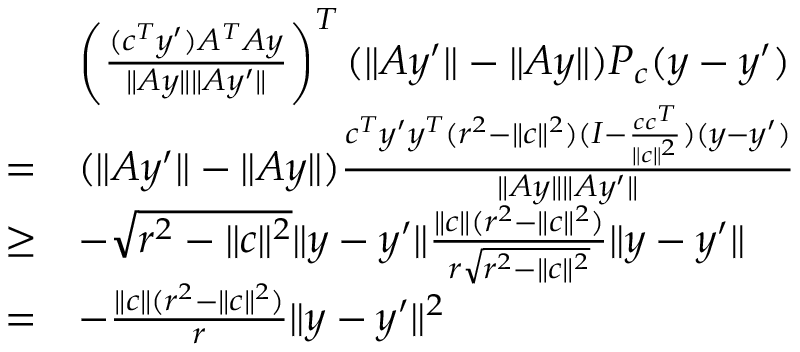
\begin{array} { r l } & { \left( \frac { ( c ^ { T } y ^ { \prime } ) A ^ { T } A y } { \| A y \| \| A y ^ { \prime } \| } \right) ^ { T } ( \| A y ^ { \prime } \| - \| A y \| ) P _ { c } ( y - y ^ { \prime } ) } \\ { = } & { ( \| A y ^ { \prime } \| - \| A y \| ) \frac { c ^ { T } y ^ { \prime } y ^ { T } ( r ^ { 2 } - \| c \| ^ { 2 } ) ( I - \frac { c c ^ { T } } { \| c \| ^ { 2 } } ) ( y - y ^ { \prime } ) } { \| A y \| \| A y ^ { \prime } \| } } \\ { \geq } & { - \sqrt { r ^ { 2 } - \| c \| ^ { 2 } } \| y - y ^ { \prime } \| \frac { \| c \| ( r ^ { 2 } - \| c \| ^ { 2 } ) } { r \sqrt { r ^ { 2 } - \| c \| ^ { 2 } } } \| y - y ^ { \prime } \| } \\ { = } & { - \frac { \| c \| ( r ^ { 2 } - \| c \| ^ { 2 } ) } { r } \| y - y ^ { \prime } \| ^ { 2 } } \end{array}